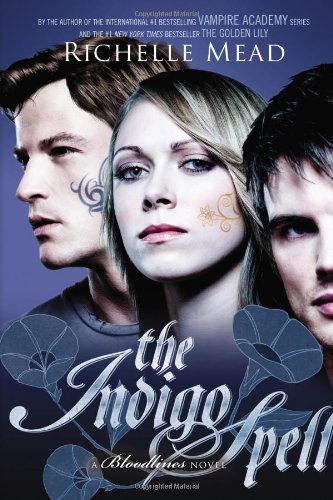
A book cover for The Indigo Spell: A Bloodlines Novel; Richelle Mead; Teen & Young Adult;